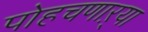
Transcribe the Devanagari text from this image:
पोहचणाऱ्या